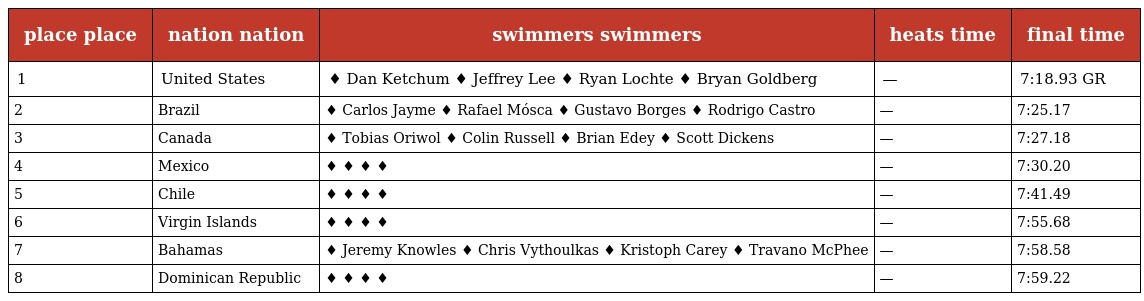
| place place | nation nation | swimmers swimmers | heats time | final time |
 | --- | --- | --- | --- | --- |
 | 1 | United States | ♦ Dan Ketchum ♦ Jeffrey Lee ♦ Ryan Lochte ♦ Bryan Goldberg | — | 7:18.93 GR |
 | 2 | Brazil | ♦ Carlos Jayme ♦ Rafael Mósca ♦ Gustavo Borges ♦ Rodrigo Castro | — | 7:25.17 |
 | 3 | Canada | ♦ Tobias Oriwol ♦ Colin Russell ♦ Brian Edey ♦ Scott Dickens | — | 7:27.18 |
 | 4 | Mexico | ♦ ♦ ♦ ♦ | — | 7:30.20 |
 | 5 | Chile | ♦ ♦ ♦ ♦ | — | 7:41.49 |
 | 6 | Virgin Islands | ♦ ♦ ♦ ♦ | — | 7:55.68 |
 | 7 | Bahamas | ♦ Jeremy Knowles ♦ Chris Vythoulkas ♦ Kristoph Carey ♦ Travano McPhee | — | 7:58.58 |
 | 8 | Dominican Republic | ♦ ♦ ♦ ♦ | — | 7:59.22 |